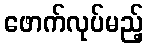
ဖောက်လုပ်မည့်